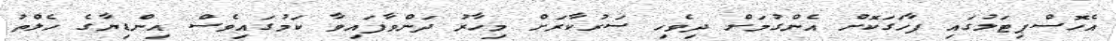
އެހޮސްޕިޓަލުގައި ފާހަގަކޮށް އެންގުމަށް ދިވެހި ސަރުކާރަށް މިހާރު ދަންވާފައިވާ ކަމުގައިވެސް އިންޑިޔާގެ ހެލްތު